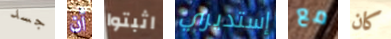
جسد أن اثبتوا إستديري مع كان